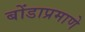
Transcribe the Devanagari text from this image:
बोंडाप्रमाणे